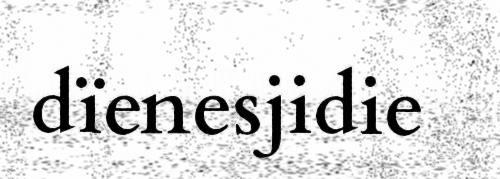
dïenesjidie